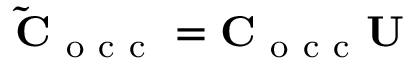
\mathbf { \tilde { C } } _ { \mathrm { ~ o ~ c ~ c ~ } } = \mathbf { C } _ { \mathrm { ~ o ~ c ~ c ~ } } \mathbf { U }